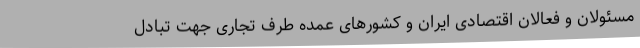
مسئولان و فعالان اقتصادی ایران و کشورهای عمده طرف تجاری جهت تبادل